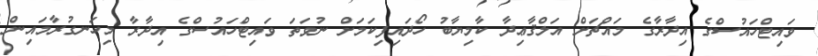
ވައިޓްހައުސްގެ އިދާރާގެ މައްޗަށް އަލްޤާޢިދާ ކާމިޔާބު ހޯދައިފިކަމަށް ނުވަތަ ވައިޓްހައުސްގެ އިދާރާ މިހަނގުރާމައިން